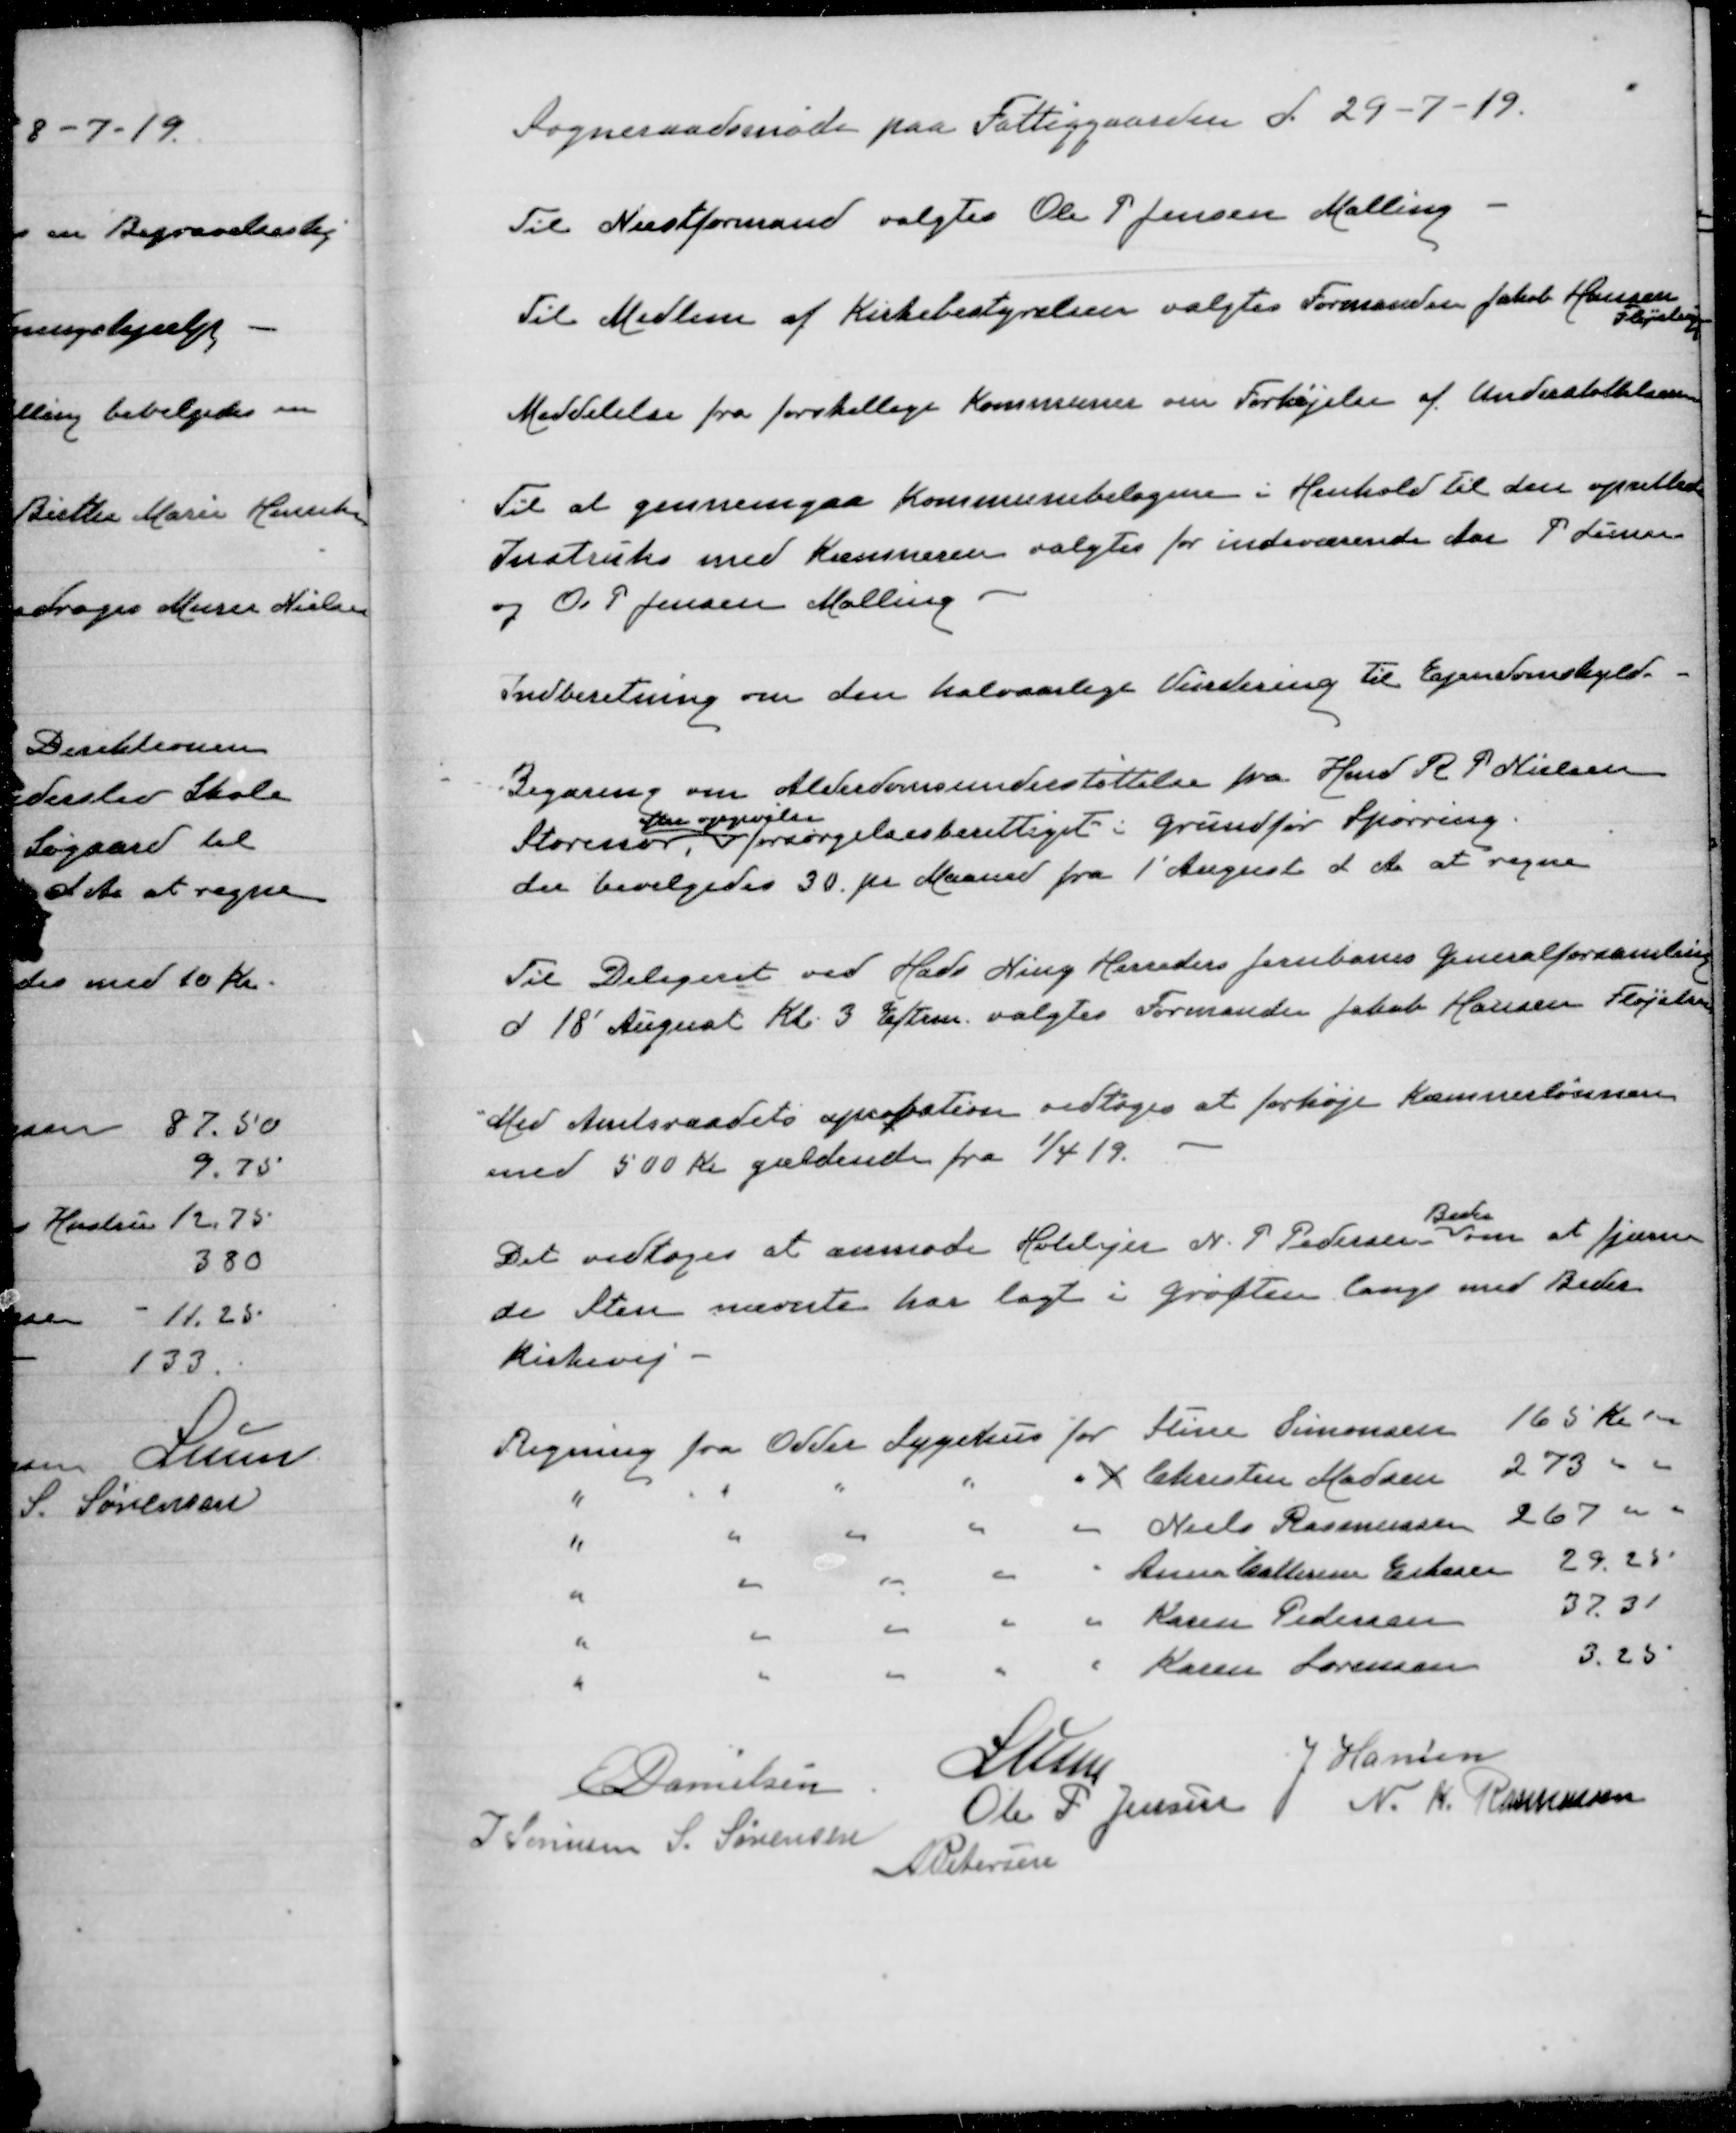
Transskription:
Sogneraadsmøde paa Fattiggaarden d. 29-7-19

Til Næstformand valgtes Ole P Jensen Malling

Til Medlem af Kirkebestyrelsen valgtes Formanden Jakob Hansen
Fløjstrup

Meddelelse fra forskellige Kommuner om Forhøjelse af Understøttelse

Til at gennemgaa Kommunebilagene i Henhold til den oprettede
Instruks med Kommunen valgtes for indeværende Aar P Lunn
og Ole P Jensen Malling

Indberetning om den halvaarlige Vurdering til Egendomskyld.

Begæring om Alderdomsunderstøttelse fra Hmd R P Nielsen
Storenor,
efter opgørelse
forsørgelsesberettiget i Grundfør Spørring.
der bevilgedes 30 pr Maaned fra 1' August d. Aa at regne

Til Delegeret ved Hads Ning Herreders Jernbanes Generalforsamling
d 18' August Kl. 3 Eftrm. valgtes Formanden Jakob Hansen Fløjstrup

Med Amtsraadets aprobation vedtoges at forhøje Kæmnerlønnen
med 500 Kr gældende fra 1/4 19.

Det vedtoges at anmode Hotelejer N. P Pedersen
Beder
om at fjerne
de Sten nævnte har lagt i Grøften langs med Beder
Kirkevej

E Danielsen
Lunn
J Hansen
J Sørensen
S. Sørensen
Ole P Jensen
N. K. Rasmussen
A Petersen